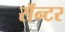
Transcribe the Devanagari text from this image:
सॅन्टर